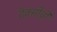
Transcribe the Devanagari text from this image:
टॅक्सींची